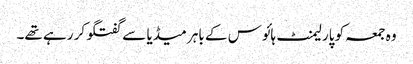
وہ جمعہ کو پارلیمنٹ ہائوس کے باہر میڈیا سے گفتگو کر رہے تھے۔